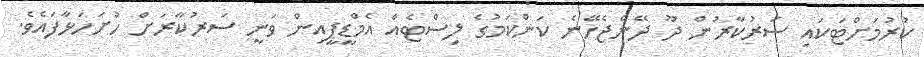
ކުރުމަށްޓަކައި ސަރުކާރުން ދޫ ދޭންޖެހޭނެ ކަންކަމުގެ ލިސްޓެއް އެމްޑީޕީއިން ވަނީ ސަރުކާރަށް ހުށަހަޅާފައެވެ.